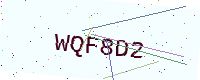
Text: WQF8D2